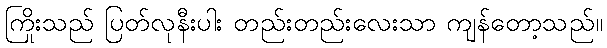
ကြိုးသည် ပြတ်လုနီးပါး တည်းတည်းလေးသာ ကျန်တော့သည်။